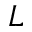
L